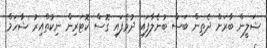
ޝަލީން ބާރަށް ދެތިން ބަސް ބުނެލާފައި ދުވެފައި ގޮސް ކޮޓަރިން ނިކުތްއިރު ޝާހަމް